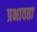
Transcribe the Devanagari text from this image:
प्रभावता